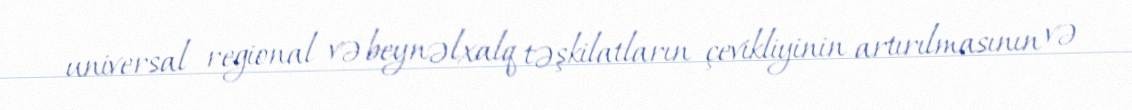
universal regional və beynəlxalq təşkilatların çevikliyinin artırılmasının və